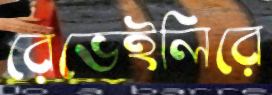
রেভেইলিরে